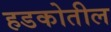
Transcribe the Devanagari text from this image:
हडकोतील